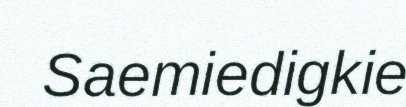
Saemiedigkie